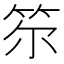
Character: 𥬞